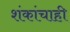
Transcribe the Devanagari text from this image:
शंकांचाही